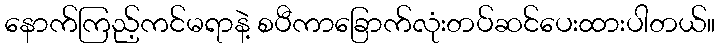
နောက်ကြည့်ကင်မရာနဲ့ စပီကာခြောက်လုံးတပ်ဆင်ပေးထားပါတယ်။